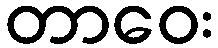
တာဝေး